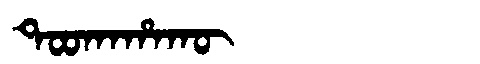
Manchu: ᡨᠣᠣᡴᠠᡥᠠᡴᡡ
Romanization: TOOKAHAKŪ